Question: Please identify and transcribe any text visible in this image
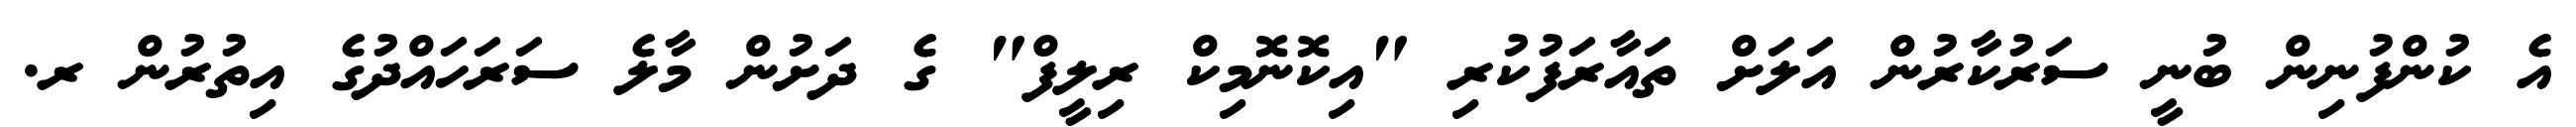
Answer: އެ ކުންފުނިން ބުނީ ސަރުކާރުން އަލަށް ތައާރަފުކުރި "އިކޮނޮމިކް ރިލީފް" ގެ ދަށުން މާލެ ސަރަހައްދުގެ އިތުރުން ރ.